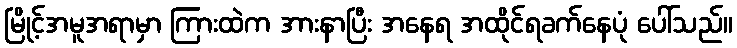
မြိုင့်အမူအရာမှာ ကြားထဲက အားနာပြီး အနေရ အထိုင်ရခက်နေပုံ ပေါ်သည်။